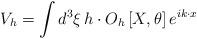
LaTeX: \begin{align*}V_{h}= \int d^3\xi\, h\cdot O_h\left[X,\theta\right]e^{i k \cdot x}\end{align*}